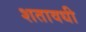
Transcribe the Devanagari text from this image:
शतावधी